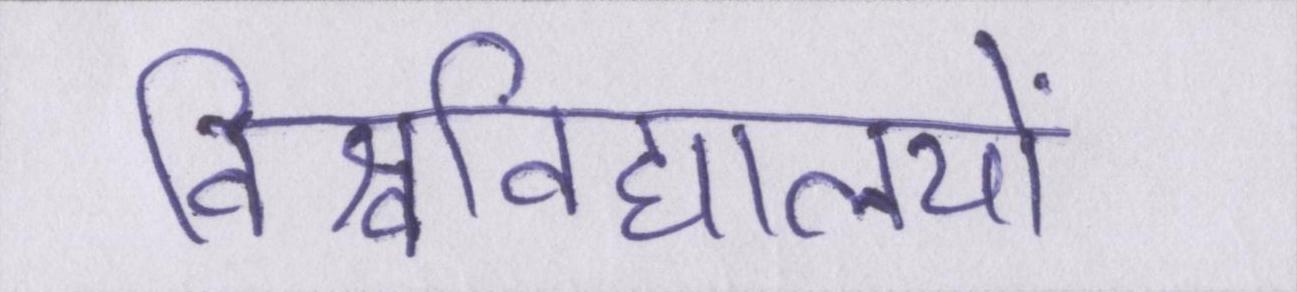
विश्वविद्यालयों